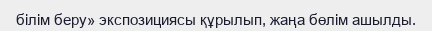
білім беру» экспозициясы құрылып, жаңа бөлім ашылды.